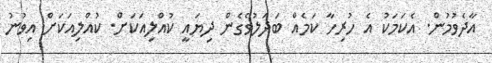
އާދެވުމުން. އެކަމަކު އެ ހުރިހާ ކަމެއް ބަދަލުވެގެން ދިޔައީ ކުއްލިއަކަށް. ކުއްލިއަކަށް އިވުނު